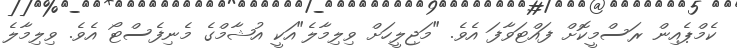
ކެމްޕެއިން ރަސްމީކޮށް ފައްޓަވާފަ އެވެ. "މަޖިލީހަށް ވިލިމާލެ"އަކީ އުޝާމްގެ މެނިފެސްޓޯ އެވެ. ވިލިމާލެ